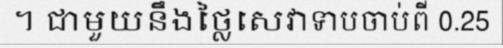
។ ជាមួយនឹងថ្លៃសេវាទាបចាប់ពី 0.25